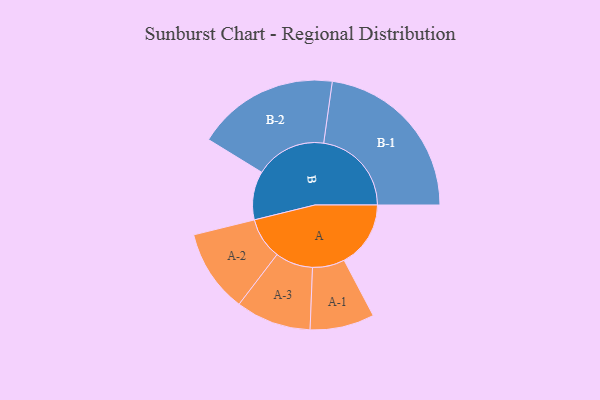
{"axis": {"x": "Segment", "y": "Value"}, "legend": ["", "A", "B"], "data": [{"x": "A", "y": 207, "type": ""}, {"x": "B", "y": 151, "type": ""}, {"x": "A-1", "y": 100, "type": "A"}, {"x": "A-2", "y": 129, "type": "A"}, {"x": "A-3", "y": 117, "type": "A"}, {"x": "B-1", "y": 273, "type": "B"}, {"x": "B-2", "y": 221, "type": "B"}]}